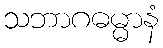
သဘာဂဓမ္မာနံ